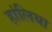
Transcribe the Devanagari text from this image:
हांलिया